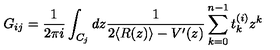
G _ { i j } = \frac { 1 } { 2 \pi i } \int _ { C _ { j } } d z \frac { 1 } { 2 \langle R ( z ) \rangle - V ^ { \prime } ( z ) } \sum _ { k = 0 } ^ { n - 1 } t _ { k } ^ { ( i ) } z ^ { k }